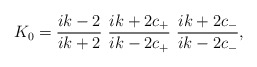
\begin{align*}K_0=\frac{ik-2}{ ik+2}\ \frac{ik+2c_+}{ik-2c_+}\ \frac{ik+2c_-}{ik-2c_-},\end{align*}